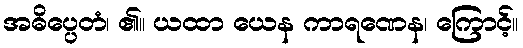
အဓိပ္ပေတံ၊ ၏။ ယထာ ယေန ကာရဏေန၊ ကြောင့်။